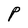
Character: P